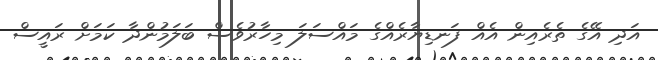
އަދި އޭގެ ތެރެއިން އެއް ފަނޑިޔާރެއްގެ މައްސަލަ މިހާރުވެސް ބަލަމުންދާ ކަމަށް ރައީސް